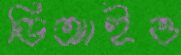
ডিআইও